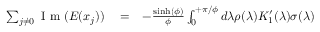
\begin{array} { r l r } { \sum _ { j \neq 0 } \mathrm { ~ I ~ m ~ } ( E ( x _ { j } ) ) } & { { } = } & { - \frac { \sinh ( \phi ) } { \phi } \int _ { 0 } ^ { + \pi / \phi } d \lambda \rho ( \lambda ) K _ { 1 } ^ { \prime } ( \lambda ) \sigma ( \lambda ) } \end{array}